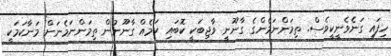
ހިފައި ގަނެވެނީކީވެސް. ތިމަންނަމެންގެ ގާނޫނީ ވާޖިބަކީ ކޮބައި ކަމެއް ގާނޫނުން ތިމަންނަމެނަށް މަނާކަމަކީ